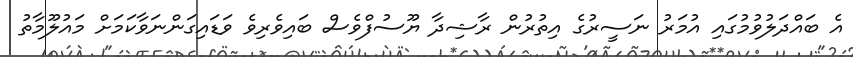
އެ ބައްދަލުވުމުގައި އުމަރު ނަސީރުގެ އިތުރުން ރާޝިދާ ޔޫސުފްވެސް ބައިވެރިވެ ވަޑައިގަންނަވާކަމަށް މައުލޫމާތު